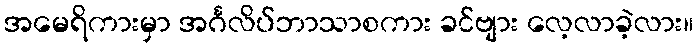
အမေရိကားမှာ အင်္ဂလိပ်ဘာသာစကား ခင်ဗျား လေ့လာခဲ့လား။